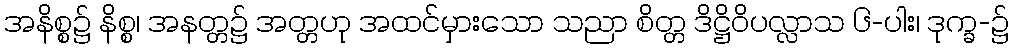
အနိစ္စ၌ နိစ္စ၊ အနတ္တ၌ အတ္တဟု အထင်မှားသော သညာ စိတ္တ ဒိဋ္ဌိဝိပလ္လာသ ၆-ပါး၊ ဒုက္ခ-၌